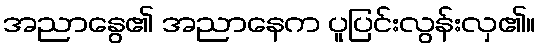
အညာနွေ၏ အညာနေက ပူပြင်းလွန်းလှ၏။